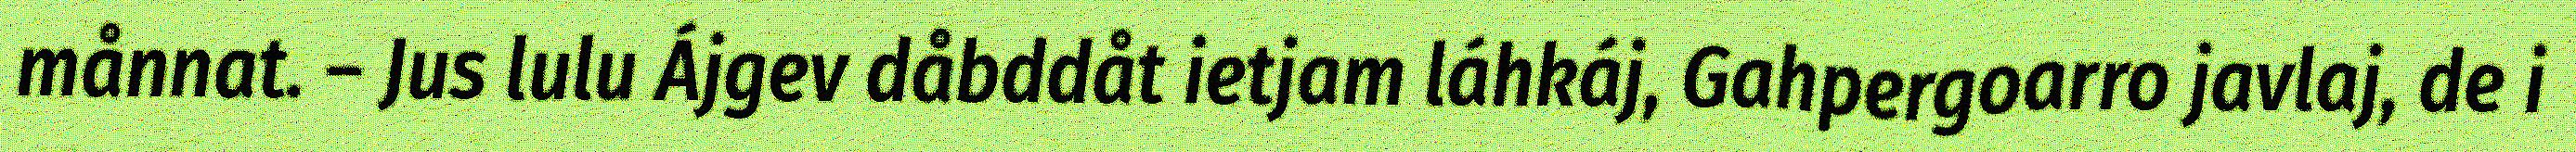
månnat. – Jus lulu Ájgev dåbddåt ietjam láhkáj, Gahpergoarro javlaj, de i